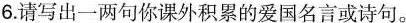
6.请写出一两句你课外积累的爱国名言或诗句。